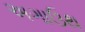
અગાઉથ